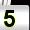
Digit: 5